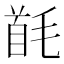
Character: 𩠔